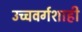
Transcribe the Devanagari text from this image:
उच्चवर्गशाही